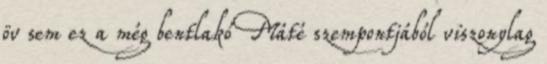
öv sem ez a még bentlakó Máté szempontjából viszonylag